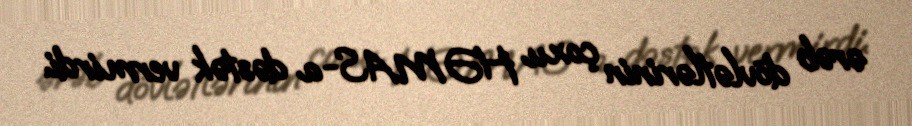
ərəb dövlətlərinin çoxu HƏMAS-a dəstək vermirdi.